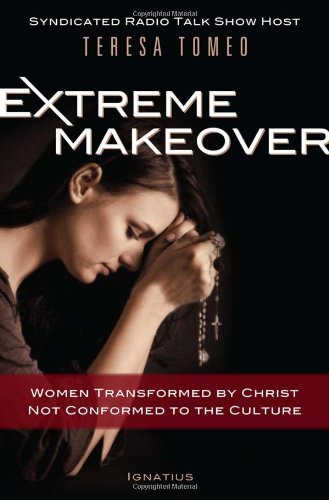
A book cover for Extreme Makeover: Women Transformed by Christ, Not Conformed to the Culture; Teresa Tomeo; Christian Books & Bibles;